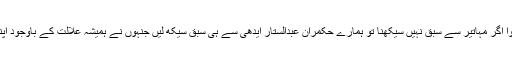
مہاتیر محمد کا علاج پھر اپنے ہی مُلک میں ہوا اگر مہاتیر سے سبق نہیں سیکھنا تو ہمارے حکمران عبدالستار ایدھی سے ہی سبق سیکھ لیں جنہوں نے ہمیشہ علالت کے باوجود اپنے ہی مُلک میں علاج کرانے کو تر جیح دی ۔